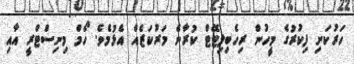
ހަރުކަށި ފިކުރުގެ މީހުން ރިހެބިލިޓޭޓް ކުރާނެ މަރުކަޒެއް އެޅުމެވެ. ހޯމް މިނިސްޓްރީ އާއި